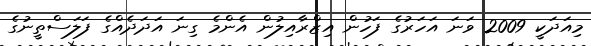
މިއަދަކީ 2009 ވަނަ އަހަރުގެ ފަހުން އިޒްރާއިލުން އެންމެ ގިނަ އަދަދެއްގެ ފަލަސްތީނުގެ